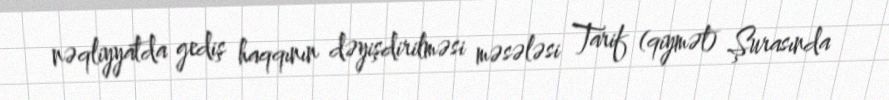
nəqliyyatda gediş haqqının dəyişdirilməsi məsələsi Tarif (qiymət) Şurasında